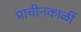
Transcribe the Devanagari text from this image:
प्राचीनकाळीं